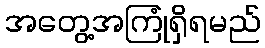
အတွေ့အကြုံရှိရမည်